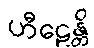
ဟီဠေန္တိ